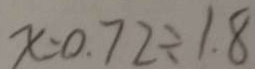
x = 0 . 7 2 \div 1 . 8